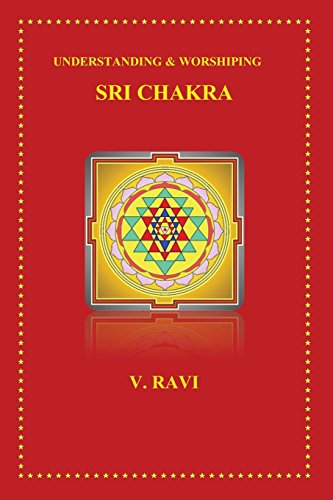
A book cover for Understanding & Worshiping Sri Chakra; V Ravi; Religion & Spirituality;